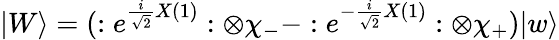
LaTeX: |W\rangle=(:e^{\frac{i}{\sqrt{2}}X(1)}:\otimes\chi_{-}-:e^{-\frac{i}{\sqrt{2}}X(1)}:\otimes\chi_{+})|w\rangle